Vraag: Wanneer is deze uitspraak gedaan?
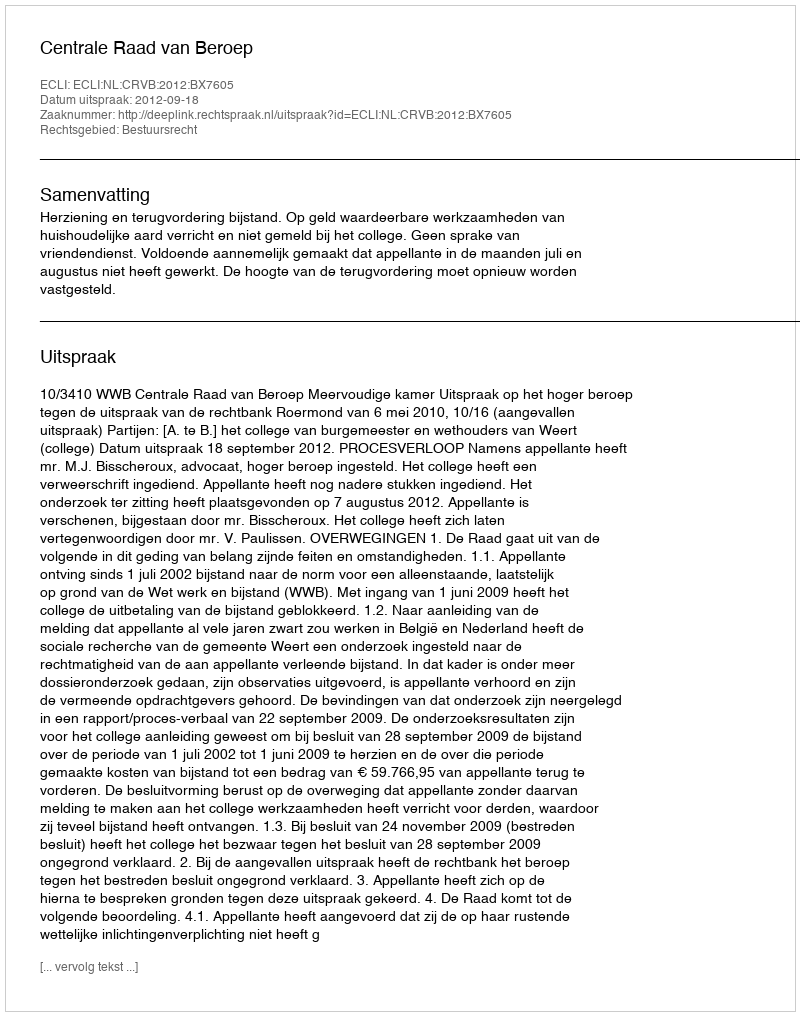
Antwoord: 2012-09-18